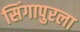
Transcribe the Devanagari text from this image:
सिंगापुरला